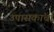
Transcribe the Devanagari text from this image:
उपासकांचा